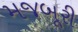
મજબૂરી